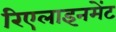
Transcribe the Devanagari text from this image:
रिएलाइनमेंट